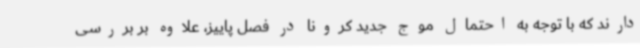
دارند که با توجه به احتمال موج جدید کرونا در فصل پاییز، علاوه بر بررسی